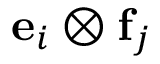
\mathbf { e } _ { i } \otimes \mathbf { f } _ { j }